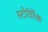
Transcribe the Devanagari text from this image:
स्टोरीरैंक